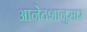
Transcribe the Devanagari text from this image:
आनेदशानुसार